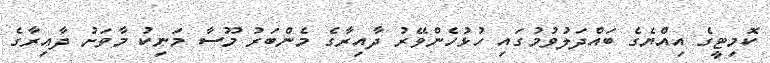
ކޮމިޓީގެ އިއްޔެގެ ބައްދަލުވުމުގައި ހުޅުހެންވޭރު ދާއިރާގެ މެންބަރު މޫސާ މަނިކު މާވަށު ދާއިރާގެ